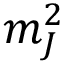
m _ { J } ^ { 2 }